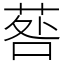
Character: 䓘